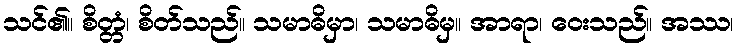
သင်၏။ စိတ္တံ၊ စိတ်သည်။ သမာဓိမှာ၊ သမာဓိမှ။ အာရာ၊ ဝေးသည်။ အဿ၊